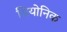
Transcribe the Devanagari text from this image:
सियोनिक